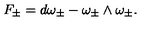
F _ { \pm } = d \omega _ { \pm } - \omega _ { \pm } \wedge \omega _ { \pm } .